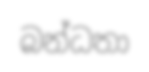
බන්ධතා